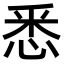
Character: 悉